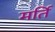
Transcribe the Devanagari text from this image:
मर्ति